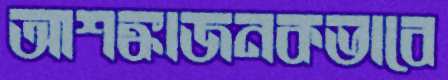
আশঙ্কাজনকভাবে